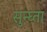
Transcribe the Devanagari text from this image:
सुन्घ्ता